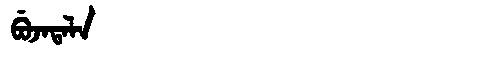
Manchu: ᠪᡠᠵᠠᡨᠠᠯᠠ
Romanization: BUJATALA